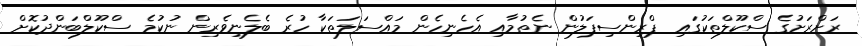
ރަށްރަށުގެ ސްކޫލްތަކުގައި ޕްރިންސިޕަލުން ނެތުމާއި އެހެނިހެން މައްސަލަތަކާ ހުރެ ބެލެނިވެރިން ނުކުމެ ސްކޫލްބަންދުކޮށް